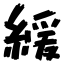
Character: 緩